Indian journal of veterinary science and animal husbandry - Volume 12,
Year: 1942
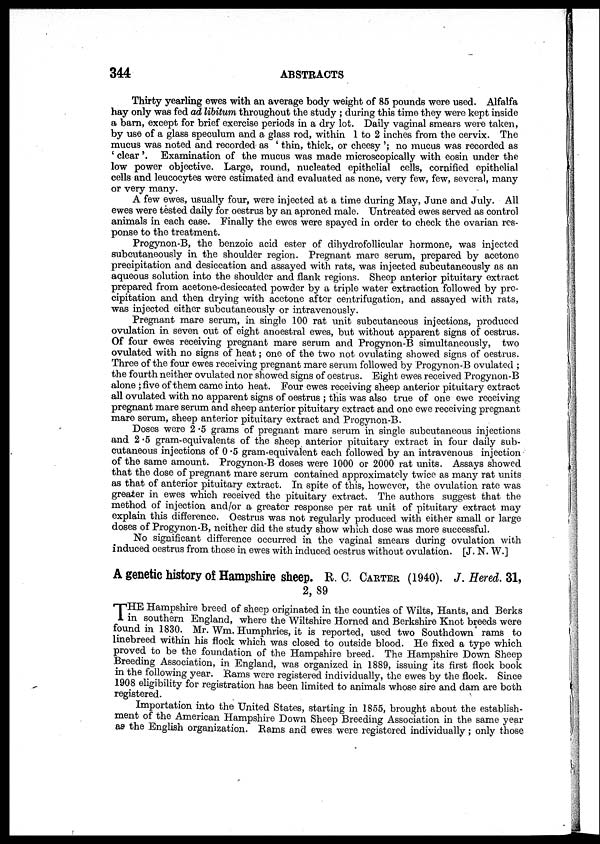
344
ABSTRACTS
Thirty yearling ewes with an average body weight of 85 pounds were used. Alfalfa
hay only was fed ad libitum throughout the study ; during this time they were kept inside
a barn, except for brief exercise periods in a dry lot. Daily vaginal smears were taken,
by use of a glass speculum and a glass rod, within 1 to 2 inches from the cervix. The
mucus was noted and recorded as ' thin, thick, or cheesy '; no mucus was recorded as
' clear '. Examination of the mucus was made microscopically with eosin under the
low power objective. Large, round, nucleated epithelial cells, cornified epithelial
cells and leucocytes were estimated and evaluated as none, very few, few, several, many
or very many.
A few ewes, usually four, were injected at a time during May, June and July. All
ewes were tested daily for oestrus by an aproned male. Untreated ewes served as control
animals in each case. Finally the ewes were spayed in order to check the ovarian res-
ponse to the treatment.
Progynon-B, the benzoic acid ester of dihydrofollicular hormone, was injected
subcutaneously in the shoulder region. Pregnant mare serum, prepared by acetone
precipitation and desiccation and assayed with rats, was injected subcutaneously as an
aqueous solution into the shoulder and flank regions. Sheep anterior pituitary extract
prepared from acetone-desiccated powder by a triple water extraction followed by pre-
cipitation and then drying with acetone after centrifugation, and assayed with rats,
was injected either subcutaneously or intravenously.
Pregnant mare serum, in single 100 rat unit subcutaneous injections, produced
ovulation in seven out of eight anoestral ewes, but without apparent signs of oestrus.
Of four ewes receiving pregnant mare serum and Progynon-B simultaneously, two
ovulated with no signs of heat; one of the two not ovulating showed signs of oestrus.
Three of the four ewes receiving pregnant mare serum followed by Progynon-B ovulated ;
the fourth neither ovulated nor showed signs of oestrus. Eight ewes received Progynon-B
alone ;five of them came into heat. Four ewes receiving sheep anterior pituitary extract
all ovulated with no apparent signs of oestrus ; this was also true of one ewe receiving
pregnant mare serum and sheep anterior pituitary extract and one ewe receiving pregnant
mare serum, sheep anterior pituitary extract and Progynon-B.
Doses were 2.5 grams of pregnant mare serum in single subcutaneous injections
and 2 .5 gram-equivalents of the sheep anterior pituitary extract in four daily sub-
cutaneous injections of 0.5 gram-equivalent each followed by an intravenous injection
of the same amount. Progynon-B doses were 1000 or 2000 rat units. Assays showed
that the dose of pregnant mare serum contained approximately twice as many rat units
as that of anterior pituitary extract. In spite of this, however, the ovulation rate was
greater in ewes which received the pituitary extract. The authors suggest that the
method of injection and/or a greater response per rat unit of pituitary extract may
explain this difference. Oestrus was not regularly produced with either small or large
doses of Progynon-B, neither did the study show which dose was more successful.
No significant difference occurred in the vaginal smears during ovulation with
induced oestrus from those in ewes with induced oestrus without ovulation. [J. N. W.]
A genetic history of Hampshire sheep. R. C. CARTER (1940). J. Hered. 31,
2, 89
T HE Hampshire breed of sheep originated in the counties of Wilts, Hants, and Berks
in southern England, where the Wiltshire Horned and Berkshire Knot breeds were
found in 1830. Mr. Wm. Humphries, it is reported, used two Southdown rams to
linebreed within his flock which was closed to outside blood. He fixed a type which
proved to be the foundation of the Hampshire breed. The Hampshire Down Sheep
Breeding Association, in England, was organized in 1889, issuing its first flock book
in the following year. Rams were registered individually, the ewes by the flock. Since
1908 eligibility for registration has been limited to animals whose sire and dam are both
registered.
Importation into the United States, starting in 1855, brought about the establish-
ment of the American Hampshire Down Sheep Breeding Association in the same year
as the English organization. Rams and ewes were registered individually; only those